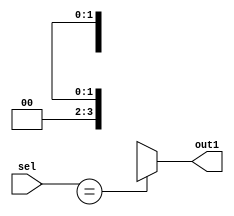
module CAS_NR_XCAZ (sel, out1);
   output [3:0] out1;
   input sel;
   reg [3:0] out1;
   always @(sel)
   casez(sel)
   2'bxx: out1 = 4'b00xx;
   2'bzz: out1 = 4'b0000;
   default: out1 = 4'b1111;
endcase
endmodule